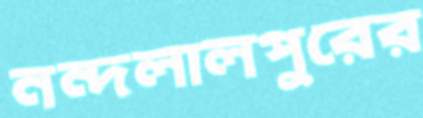
নন্দলালপুরের